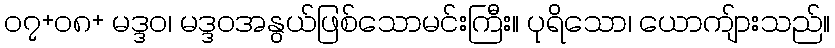
၀၇+၀၈+ မဒ္ဒဝ၊ မဒ္ဒဝအနွယ်ဖြစ်သောမင်းကြီး။ ပုရိသော၊ ယောကျ်ားသည်။